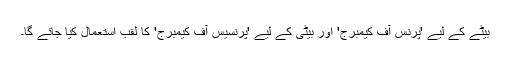
بیٹے کے لیے 'پرنس آف کیمبرج' اور بیٹی کے لیے 'پرنسیس آف کیمبرج' کا لقب استعمال کیا جائے گا۔